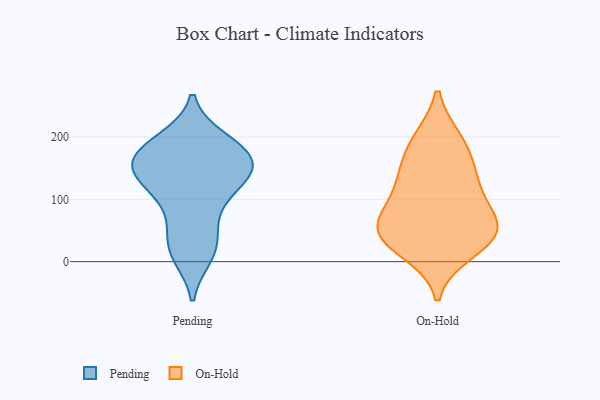
{"axis": {"x": "Backlog", "y": "Value"}, "legend": ["On-Hold", "Pending"], "data": [{"x": "", "y": 10, "type": "Pending"}, {"x": "", "y": 192, "type": "Pending"}, {"x": "", "y": 72, "type": "Pending"}, {"x": "", "y": 165, "type": "Pending"}, {"x": "", "y": 195, "type": "Pending"}, {"x": "", "y": 105, "type": "Pending"}, {"x": "", "y": 43, "type": "Pending"}, {"x": "", "y": 141, "type": "Pending"}, {"x": "", "y": 103, "type": "Pending"}, {"x": "", "y": 180, "type": "Pending"}, {"x": "", "y": 162, "type": "Pending"}, {"x": "", "y": 186, "type": "Pending"}, {"x": "", "y": 154, "type": "Pending"}, {"x": "", "y": 156, "type": "Pending"}, {"x": "", "y": 144, "type": "Pending"}, {"x": "", "y": 26, "type": "Pending"}, {"x": "", "y": 12, "type": "Pending"}, {"x": "", "y": 133, "type": "Pending"}, {"x": "", "y": 137, "type": "Pending"}, {"x": "", "y": 194, "type": "On-Hold"}, {"x": "", "y": 51, "type": "On-Hold"}, {"x": "", "y": 114, "type": "On-Hold"}, {"x": "", "y": 46, "type": "On-Hold"}, {"x": "", "y": 67, "type": "On-Hold"}, {"x": "", "y": 140, "type": "On-Hold"}, {"x": "", "y": 191, "type": "On-Hold"}, {"x": "", "y": 34, "type": "On-Hold"}, {"x": "", "y": 83, "type": "On-Hold"}, {"x": "", "y": 142, "type": "On-Hold"}, {"x": "", "y": 17, "type": "On-Hold"}, {"x": "", "y": 46, "type": "On-Hold"}]}